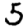
Digit: 5